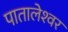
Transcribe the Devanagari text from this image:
पातालेश्‍वर